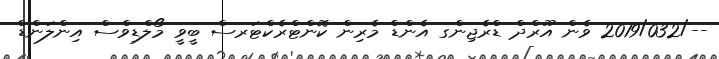
--/2019/032 ވެން އޫރްދް ޑްރެޖިންގ އެންޑް މެރިން ކޮންޓްރެކްޓަރސް ބީވީ މޯލްޑިވްސް އިންލަންޑް